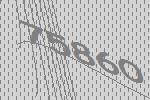
75860